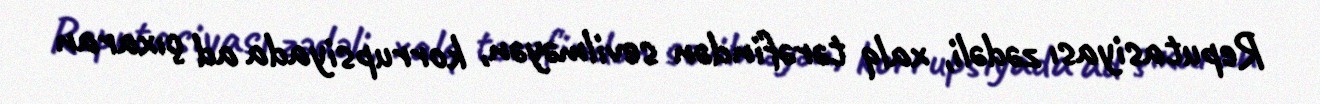
Reputasiyası zədəli, xalq tərəfindən sevilməyən, korrupsiyada ad çıxaran